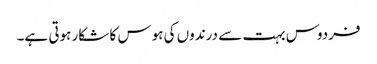
فردوس بہت سے درندوں کی ہوس کا شکار ہوتی ہے۔